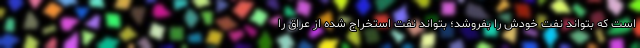
است که بتواند نفت خودش را بفروشد؛ بتواند نفت استخراج شده از عراق را